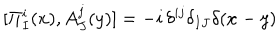
[ \Pi _ { I } ^ { i } ( x ) , A _ { J } ^ { j } ( y ) ] = - i \, \delta ^ { i j } \delta _ { I J } \delta ( x - y )